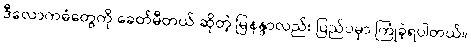
ဒီလောကဓံတွေကို ခေတ်မီတယ် ဆိုတဲ့ မြနန္ဒာလည်း ပြည်ပမှာ ကြုံခဲ့ရပါတယ်။